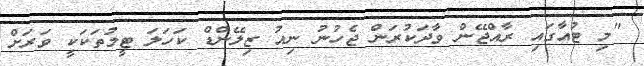
"މި ޓުއާގައި ރާއްޖޭން ވާދަކުރަން ޖެހުނު ނިއު ޒިލޭންޑް ކަހަލަ ޓީމުތަކަކީ ވަރަށް